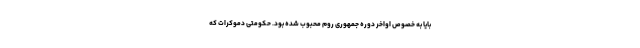
بایا به خصوص اواخر دوره جمهوری روم محبوب شده بود. حکومتی دموکرات که